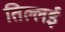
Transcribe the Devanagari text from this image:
तिल्लई